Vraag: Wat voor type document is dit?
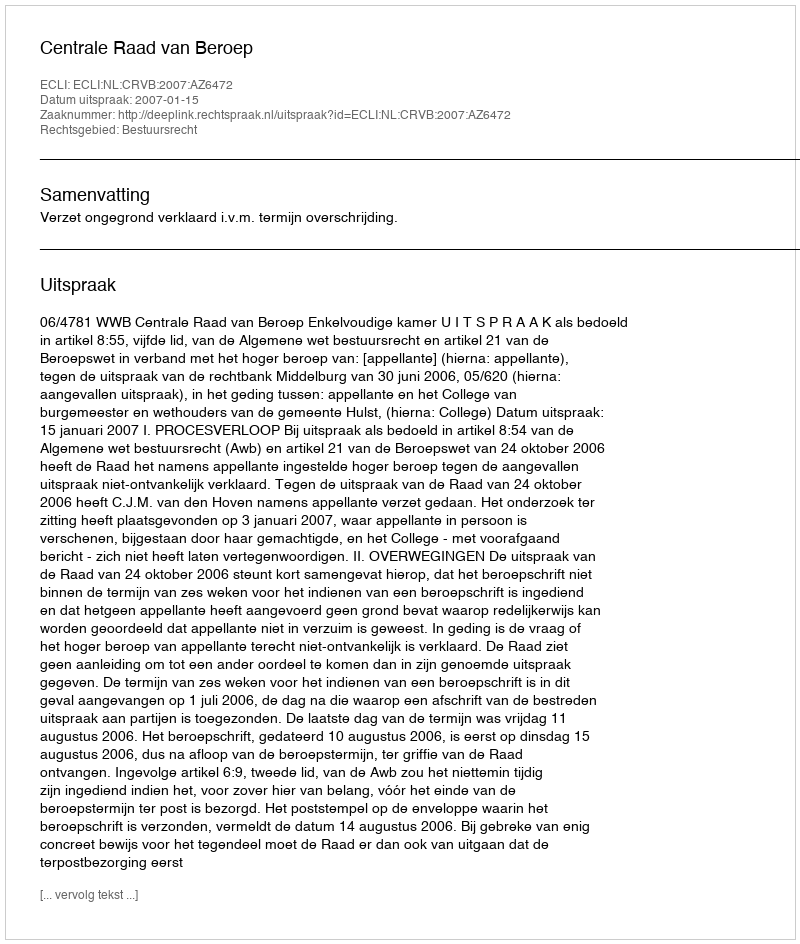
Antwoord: Uitspraak